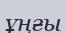
ұңғы